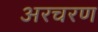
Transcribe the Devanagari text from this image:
अरचरण